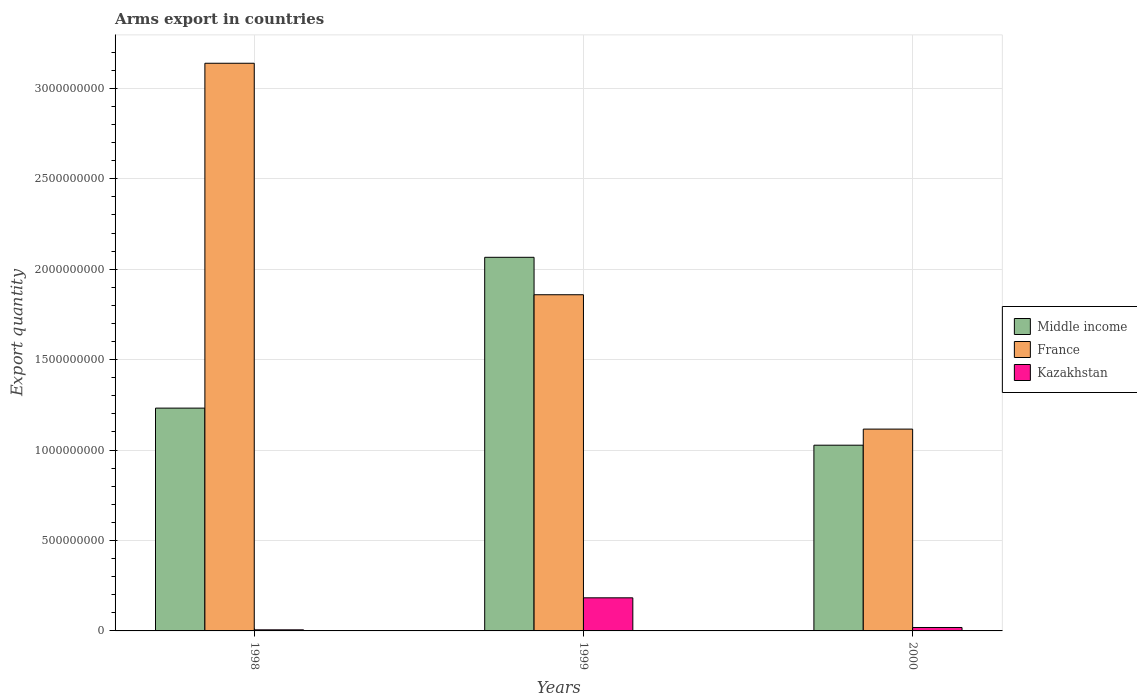
| Years | Middle income | France | Kazakhstan |
 | --- | --- | --- | --- |
 | 1998 | 1.23e+09 | 3.14e+09 | 6e+06 |
 | 1999 | 2.07e+09 | 1.86e+09 | 1.83e+08 |
 | 2000 | 1.03e+09 | 1.12e+09 | 1.9e+07 |